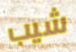
شيب